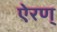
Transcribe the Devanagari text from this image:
ऐरण्